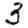
Digit: 3